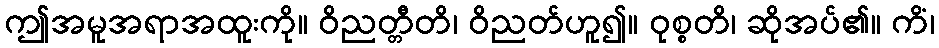
ဤအမူအရာအထူးကို။ ဝိညတ္တီတိ၊ ဝိညတ်ဟူ၍။ ဝုစ္စတိ၊ ဆိုအပ်၏။ ကိံ၊